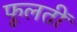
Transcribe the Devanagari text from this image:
फूलतीं